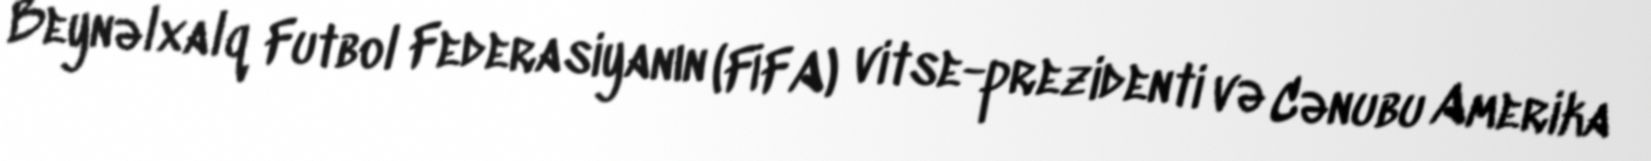
Beynəlxalq Futbol Federasiyanın (FİFA) vitse-prezidenti və Cənubu Amerika